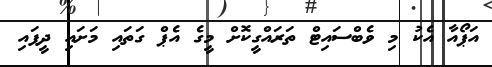
އަޕޯއާ އެކު މި ވެބްސައިޓް ތަރައްގީކޮށް މީގެ އެޕް ގަތައި މަށައި ދީފައި